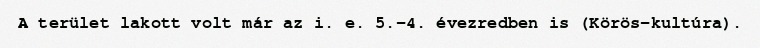
A terület lakott volt már az i. e. 5.-4. évezredben is (Körös-kultúra).